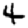
Digit: 4